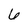
Character: 6